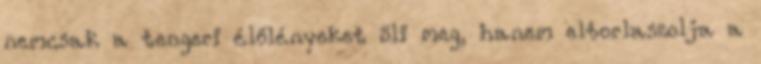
nemcsak a tengeri élőlényeket öli meg, hanem eltorlaszolja a